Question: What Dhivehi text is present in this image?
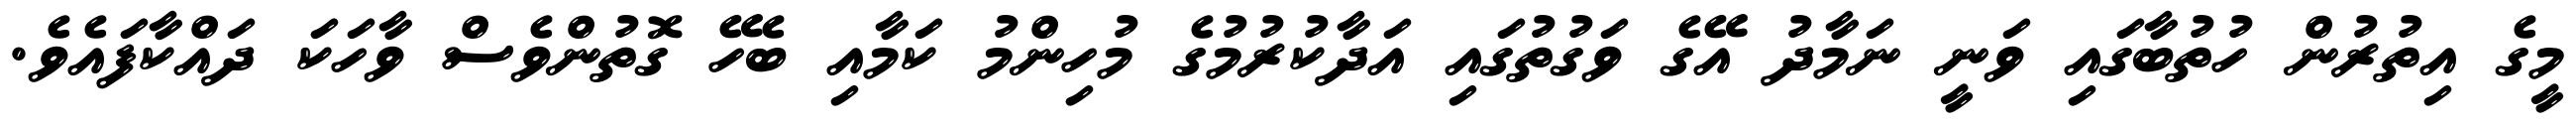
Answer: މީގެ އިތުރުން ހުތުބާގައި ވަނީ ނަމާދު އޭގެ ވަގުތުގައި އަދާކުރުމުގެ މުހިންމު ކަމާއި ބެހޭ ގޮތުންވެސް ވާހަކަ ދައްކާފައެވެ.